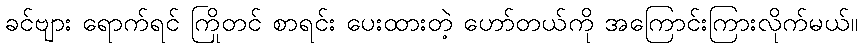
ခင်ဗျား ရောက်ရင် ကြိုတင် စာရင်း ပေးထားတဲ့ ဟော်တယ်ကို အကြောင်းကြားလိုက်မယ်။